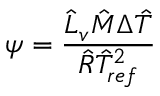
\psi = \frac { \hat { L } _ { v } \hat { M } \Delta \hat { T } } { \hat { R } \hat { T } _ { r e f } ^ { 2 } }